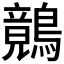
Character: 𪅑